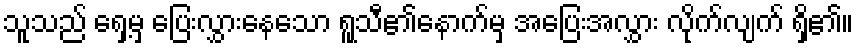
သူသည် ရှေ့မှ ပြေးလွှားနေသော ရူသီ၏နောက်မှ အပြေးအလွှား လိုက်လျက် ရှိ၏။